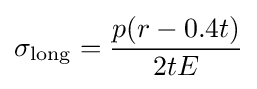
\sigma _{\rm {long}}={\frac {p(r-0.4t)}{2tE}}